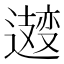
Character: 𫑆